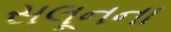
સલૂનના